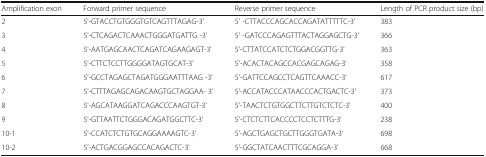
| Amplification exon | Forward primer sequence | Reverse primer sequence | Length of PCR product size (bp) |
 | --- | --- | --- | --- |
 | 2 | 5'-GTACCTGTGGGTGTCAGTTTAGAG-3' | 5' -CTTACCCAGCACCAGATATTTTTC-3' | 383 |
 | 3 | 5'-CTCAGACTCAAACTGGGATGATTG -3' | 5' -GATCCCAGAGTTTACTAGGAGCTG-3' | 366 |
 | 4 | 5'-AATGAGCAACTCAGATCAGAAGAGT-3' | 5'-CTTATCCATCTCTGGACGGTTG-3' | 363 |
 | 5 | 5'-CTTCTCCTTGGGGATAGTGCAT-3' | 5'-ACACTACAGCCACGAGCAGAG-3' | 358 |
 | 6 | 5'-GCCTAGAGCTAGATGGGAATTTAAG -3' | 5'-GATTCCAGCCTCAGTTCAAACC-3' | 617 |
 | 7 | 5'-CTTTAGAGCAGACAAGTGCTAGGAA- 3' | 5'-ACCATACCCATAACCCACTGACTC-3' | 373 |
 | 8 | 5'-AGCATAAGGATCAGACCCAAGTGT-3' | 5'-TAACTCTGTGGCTTCTTGTCTCTC-3' | 400 |
 | 9 | 5'-GTTAATTCTGGGACAGATGGCTTC-3' | 5'-CTCTCTTCACCCCTCCTCTTTG-3' | 238 |
 | 10-1 | 5'-CCATCTCTGTGCAGGAAAAGTC-3' | 5'-AGCTGAGCTGCTTGGGTGATA-3' | 698 |
 | 10-2 | 5'-ACTGACGGAGCCACAGACTC-3' | 5'-GGCTATCAACTTTCGCAGGA-3' | 668 |